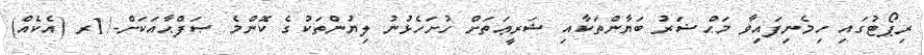
ރިޕޯޓުގައި ހިމެނިފައިވާ މަޙްޟަރު ބަޔާންތަކާއި ޝަރީޢަތަށް ހުށަހެޅުނު ލިޔުންތަކުގެ ކޮންމެ ޞަފްޙާއަކަށް-/1ރ (އެކެއް)